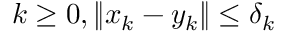
k \geq 0 , \| x _ { k } - y _ { k } \| \leq \delta _ { k }